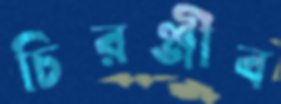
চিরঞ্জীব